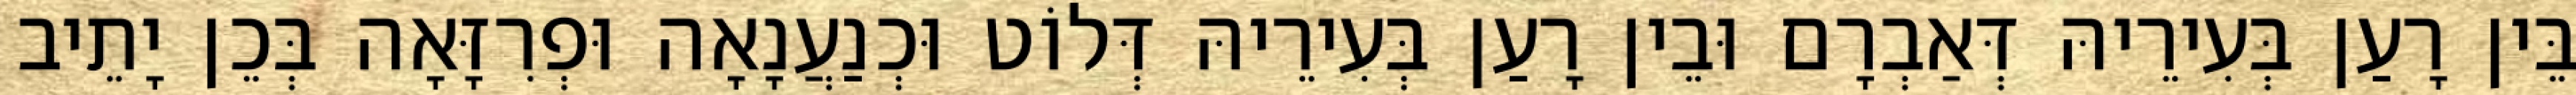
בֵּין רָעַן בְּעִירֵיהּ דְּאַבְרָם וּבֵין רָעַן בְּעִירֵיהּ דְּלוֹט וּכְנַעֲנָאָה וּפְרִזָּאָה בְּכֵן יָתֵיב